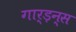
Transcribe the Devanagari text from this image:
गार्ड़न्स